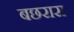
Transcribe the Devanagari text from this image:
बछरारा